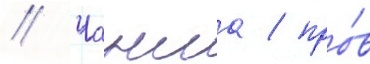
// Чанша / про́в